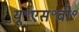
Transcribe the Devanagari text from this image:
यू॰एस॰बी॰